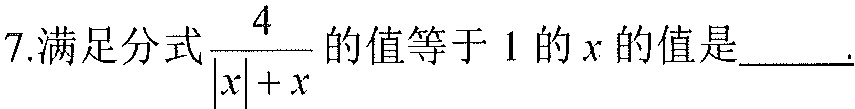
7.满足分式\(\frac{4}{\vert x\vert + x}\)的值等于\(1\)的\(x\)的值是_____.